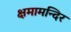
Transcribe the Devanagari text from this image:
क्षमामन्दिर